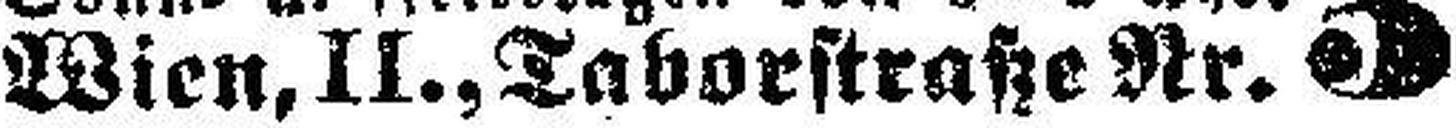
Wien, II., Taborstraße Nr. 5